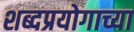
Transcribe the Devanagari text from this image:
शब्दप्रयोगाच्या